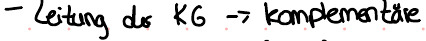
- Leitung der KG -> komplementäre